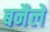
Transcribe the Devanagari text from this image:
बनैले